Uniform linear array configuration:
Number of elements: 16
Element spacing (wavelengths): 0.5
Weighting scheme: blackman
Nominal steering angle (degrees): -15
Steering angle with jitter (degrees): -16.983
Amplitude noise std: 0.05
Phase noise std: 0.05

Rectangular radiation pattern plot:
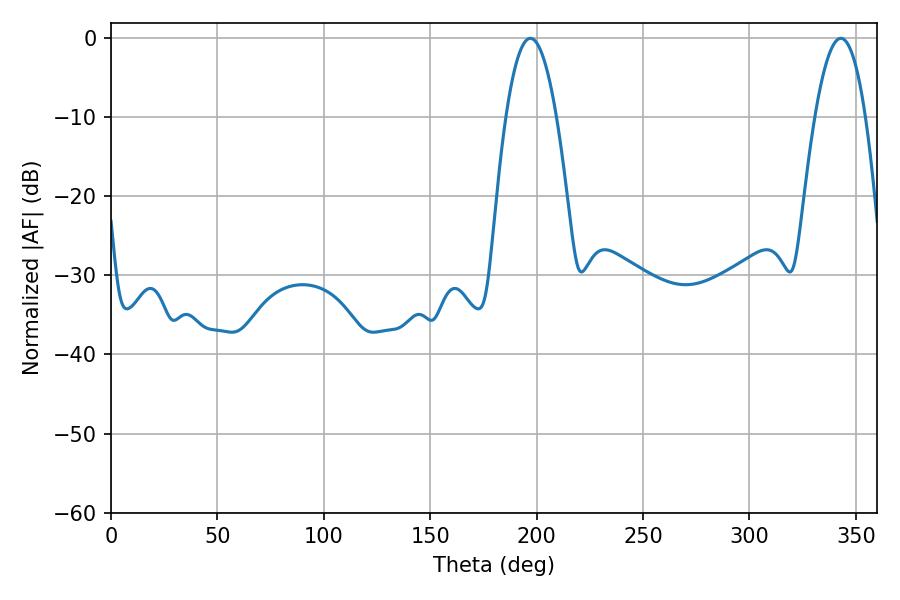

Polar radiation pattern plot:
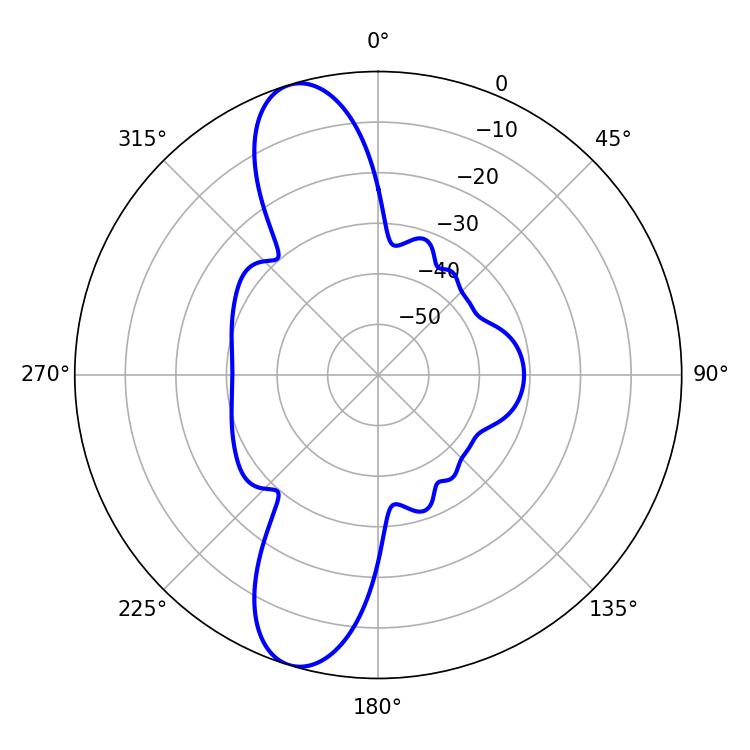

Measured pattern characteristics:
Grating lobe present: FALSE
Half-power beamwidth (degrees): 13.14
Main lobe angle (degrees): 342.9